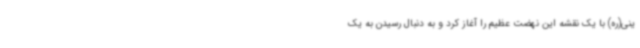
ینی(ره) با یک نقشه این نهضت عظیم را آغاز کرد و به دنبال رسیدن به یک